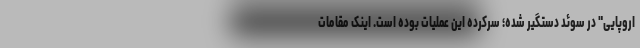
اروپایی" در سوئد دستگیر شده؛ سرکرده این عملیات بوده است. اینک مقامات